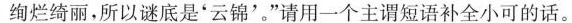
绚烂绮丽，所以谜底是'云锦'。”请用一个主谓短语补全小可的话。